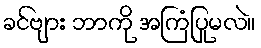
ခင်ဗျား ဘာကို အကြံပြုမလဲ။